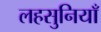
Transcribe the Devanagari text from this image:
लहसुनियाँ